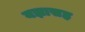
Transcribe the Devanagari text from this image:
यज्ञासह